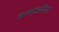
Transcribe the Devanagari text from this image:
गल्फऑयल